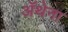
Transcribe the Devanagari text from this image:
ॲथेना